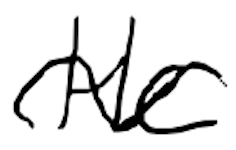
Text: He
Cross-out: wave
Writing tool: digital_black